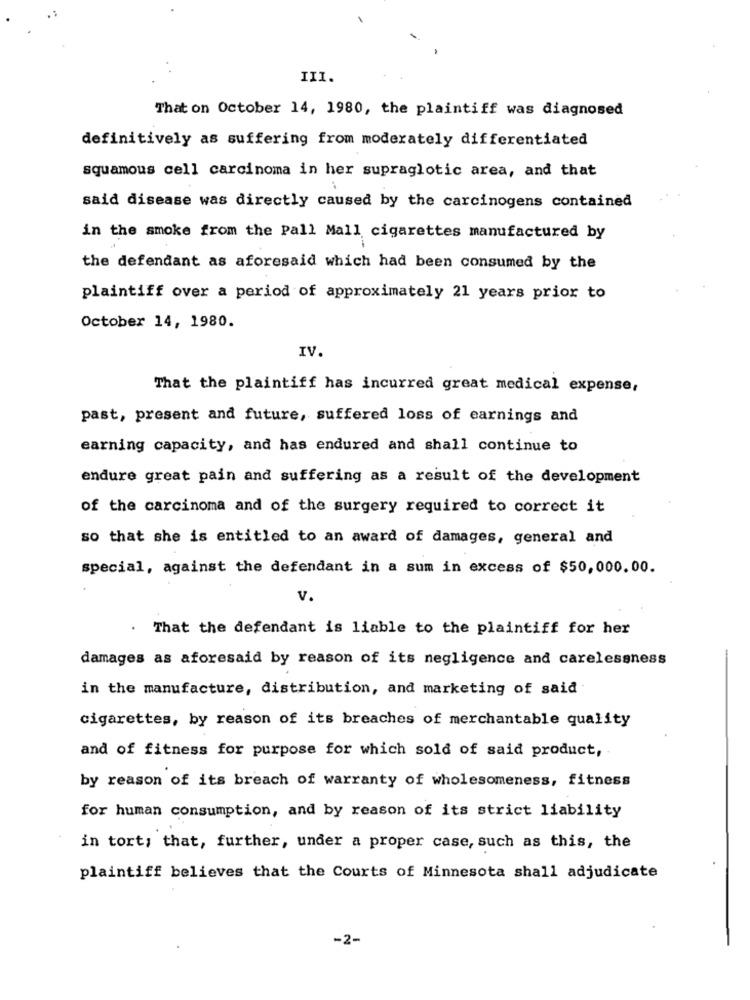
III.
That on October 14, 1980, the plaintiff was diagnosed
definitively as suffering from moderately differentiated
squamous cell carcinoma in her supraglotic area, and that
said disease was directly caused by the carcinogens contained
in the smoke from the Pall Mall cigarettes manufactured by
the defendant as aforesaid which had been consumed by the
plaintiff over a period of approximately 21 years prior to
October 14, 1980.
IV.
That the plaintiff has incurred great medical expense,
past, present and future, suffered loss of earnings and
earning capacity, and has endured and shall continue to
endure great pain and suffering as a result of the development
of the carcinoma and of the surgery required to correct it
so that she is entitled to an award of damages, general and
special, against the defendant in a sum in excess of $50,000.00.
v.
That the defendant is liable to the plaintiff for her
damages as aforesaid by reason of its negligence and carelessness
in the manufacture, distribution, and marketing of said
cigarettes, by reason of its breaches of merchantable quality
and of fitness for purpose for which sold of said product,
by reason of its breach of warranty of wholesomeness, fitness
for human consumption, and by reason of its strict liability
in tort; that, further, under a proper case, such as this, the
plaintiff believes that the Courts of Minnesota shall adjudicate
-2-